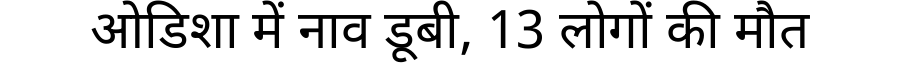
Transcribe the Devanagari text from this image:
ओडिशा में नाव डूबी, 13 लोगों की मौत